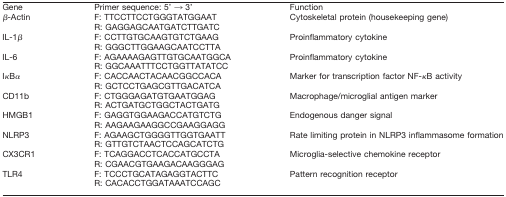
| Gene | Primer sequence: 5' → 3' | Function |
 | --- | --- | --- |
 | β-Actin | F: TTCCTTCCTGGGTATGGAATR: GAGGAGCAATGATCTTGATC | Cytoskeletal protein (housekeeping gene) |
 | IL-1β | F: CCTTGTGCAAGTGTCTGAAGR: GGGCTTGGAAGCAATCCTTA | Proinflammatory cytokine |
 | IL-6 | F: AGAAAAGAGTTGTGCAATGGCAR: GGCAAATTTCCTGGTTATATCC | Proinflammatory cytokine |
 | IκBα | F: CACCAACTACAACGGCCACAR: GCTCCTGAGCGTTGACATCA | Marker for transcription factor NF-κB activity |
 | CD11b | F: CTGGGAGATGTGAATGGAGR: ACTGATGCTGGCTACTGATG | Macrophage/microglial antigen marker |
 | HMGB1 | F: GAGGTGGAAGACCATGTCTGR: AAGAAGAAGGCCGAAGGAGG | Endogenous danger signal |
 | NLRP3 | F: AGAAGCTGGGGTTGGTGAATTR: GTTGTCTAACTCCAGCATCTG | Rate limiting protein in NLRP3 inflammasome formation |
 | CX3CR1 | F: TCAGGACCTCACCATGCCTAR: CGAACGTGAAGACAAGGGAG | Microglia-selective chemokine receptor |
 | TLR4 | F: TCCCTGCATAGAGGTACTTCR: CACACCTGGATAAATCCAGC | Pattern recognition receptor |